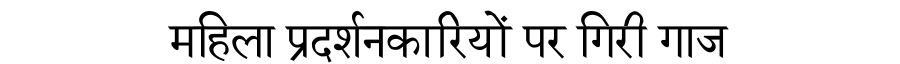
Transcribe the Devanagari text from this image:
महिला प्रदर्शनकारियों पर गिरी गाज